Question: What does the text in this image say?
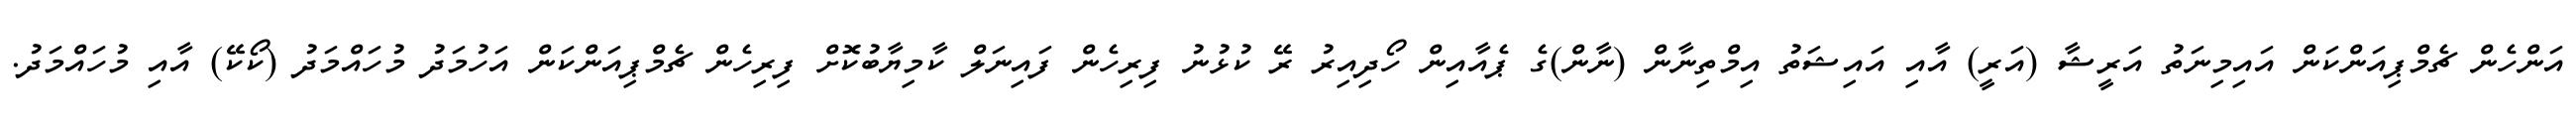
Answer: އަންހެން ޗެމްޕިއަންކަން އައިމިނަތު އަރީޝާ (އަރީ) އާއި އައިޝަތު އިމްތިނާން (ނާން)ގެ ޕެއާއިން ހޯދިއިރު ރޭ ކުޅުނު ފިރިހެން ފައިނަލް ކާމިޔާބުކޮށް ފިރިހެން ޗެމްޕިއަންކަން އަހުމަދު މުހައްމަދު (ކޯކޭ) އާއި މުހައްމަދު.